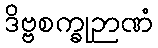
ဒိဗ္ဗစက္ခုဉာဏံ